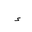
Letter: _hamza